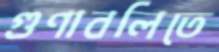
গুণাবলিতে